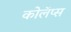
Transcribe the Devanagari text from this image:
कोलॅप्स